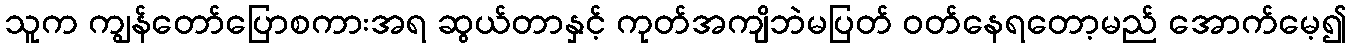
သူက ကျွန်တော်ပြောစကားအရ ဆွယ်တာနှင့် ကုတ်အကျိဘဲမပြတ် ဝတ်နေရတော့မည် အောက်မေ့၍